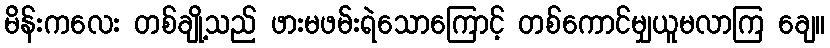
မိန်းကလေး တစ်ချို့သည် ဖားမဖမ်းရဲသောကြောင့် တစ်ကောင်မျှယူမလာကြ ချေ။